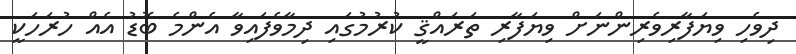
ދިވެހި ވިޔަފާރިވެރިންނަށް ވިޔަފާރި ތަރައްޤީ ކުރުމުގައި ދިމާވެފައިވާ އެންމެ ބޮޑު އެއް ހުރަހަކީ